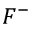
F ^ { - }